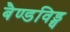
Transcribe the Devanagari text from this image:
बैण्डविड्थ